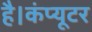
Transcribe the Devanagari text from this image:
है।कंप्यूटर